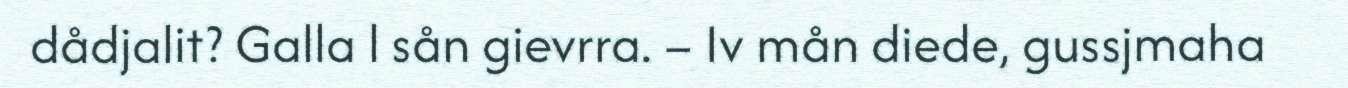
dådjalit? Galla l sån gievrra. – Iv mån diede, gussjmaha